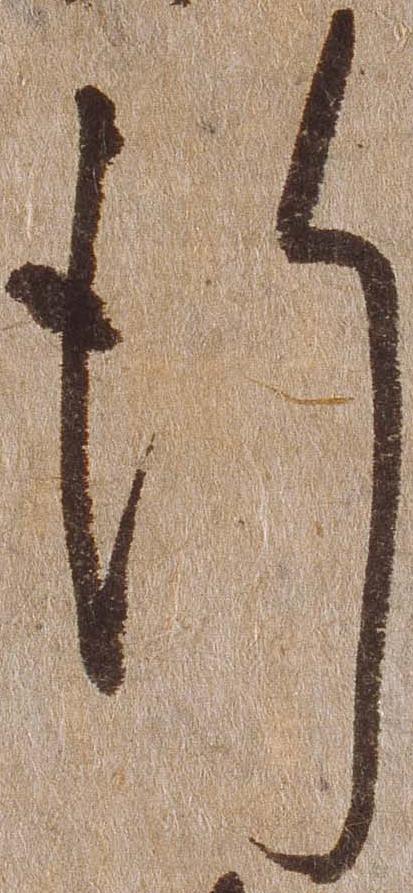
行